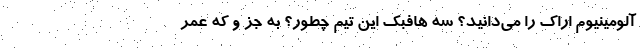
آلومینیوم اراک را می‌دانید؟ سه هافبک این تیم چطور؟ به جز و که عمر